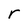
Character: r